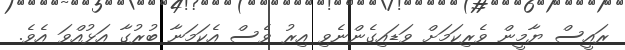
ރައީސް ޔާމީން ވެރިކަމަށް ވަޑައިގެންނެވި އިރު ވެސް އެކަމަނާ ބުރުގާ އަޅުއްވަ އެވެ.